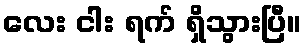
လေး ငါး ရက် ရှိသွားပြီ။